Taavet_Bergmanni_abiraha_sihtasutus, lk 12
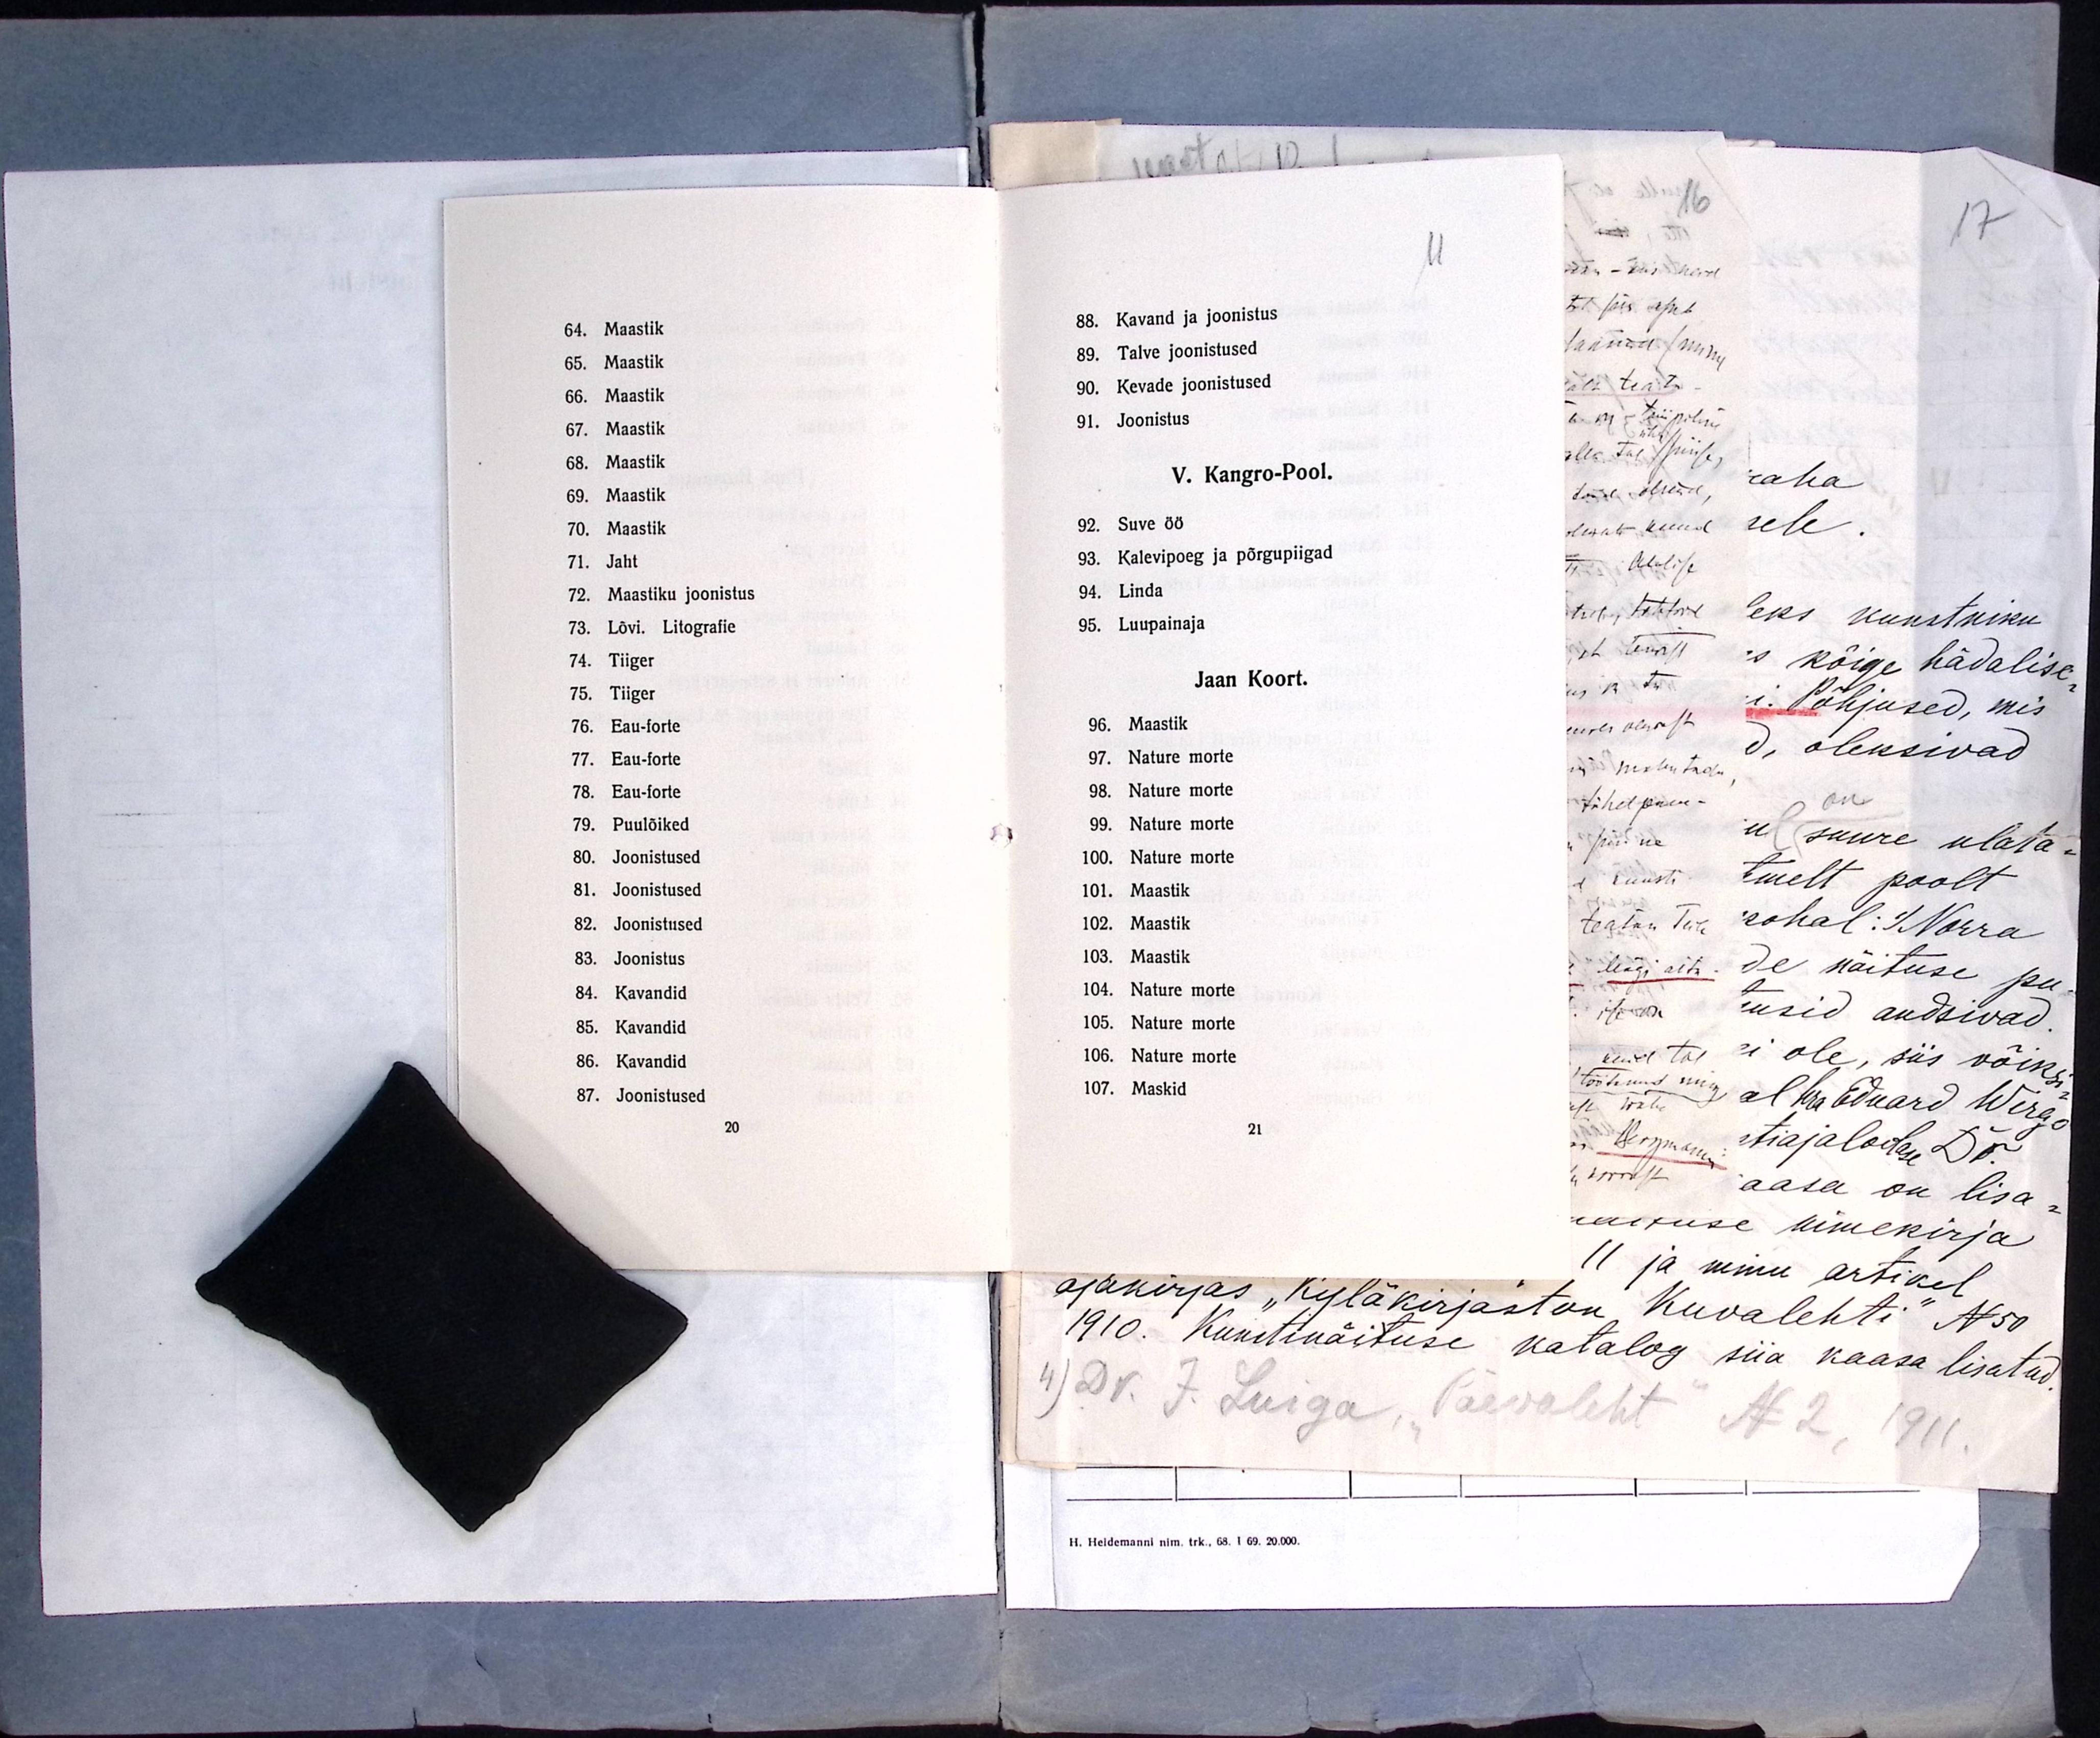
64. Maastik
65. Maastik
66. Maastik
67. Maastik
68. Maastik
69. Maastik
70. Maastik
71. Jaht
72. Maastiku joonistus
73. Lõvi. Litografie
74. Tiiger
75. Tiiger
76. Eau-forte
77. Eau-forte
78. Eau-forte
79. Puulõiked
80. Joonistused
81. Joonistused
82. Joonistused
83. Joonistus
84. Kavandid
85. Kavandid
86. Kavandid
87. Joonistused
20

11
88. Kavand ja joonistus
89. Talve joonistused
90. Kevade joonistused
91. Joonistus
V. Kangro-Pool.
92. Suve öö
93. Kalevipoeg ja põrgupiigad
94. Linda
95. Luupainaja
Jaan Koort.
96. Maastik
97. Nature morte
98. Nature morte
99. Nature morte
100. Nature morte
101. Maastik
102. Maastik
103. Maastik
104. Nature morte
105. Nature morte
106. Nature morte
107. Maskid
21